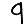
Digit: 9